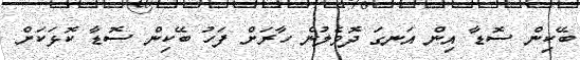
ބޭކިން ސޮޑާ އިން އަނގަ ދޮވެލުން ހާރަށް ފަހު ބޭކިން ސޮޑާ ކޮޅަކަށް